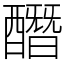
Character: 䤐